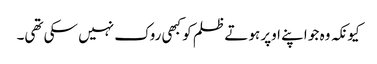
کیونکہ وہ جو اپنے اوپر ہوتے ظلم کو کبھی روک نہیں سکی تھی۔